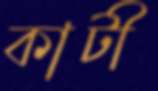
কাটী